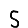
Digit: 5